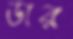
ডার